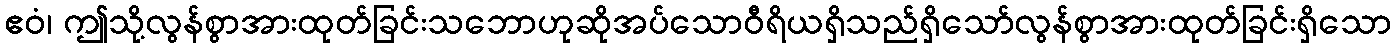
ဧဝံ၊ ဤသို့လွန်စွာအားထုတ်ခြင်းသဘောဟုဆိုအပ်သောဝီရိယရှိသည်ရှိသော်လွန်စွာအားထုတ်ခြင်းရှိသော